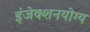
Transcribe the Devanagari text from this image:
इंजेक्शनयोग्य